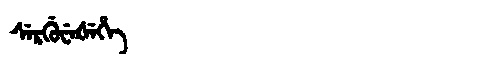
Manchu: ᠰᡝᡵᡤᡠᠸᡝᡧᡝᡥᡝ
Romanization: SERGUWEŠEHE